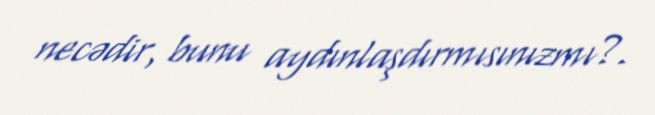
necədir, bunu aydınlaşdırmısınızmı?.